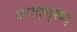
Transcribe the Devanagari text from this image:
जगद्गुरू३